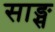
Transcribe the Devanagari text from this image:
साङ्स